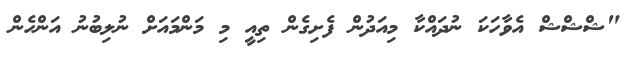
"ޝްޝްޝް އެވާހަކަ ނުދައްކާ މިއަދުން ފެށިގެން ތިއީ މި މަންމައަށް ނުލިބުނު އަންހެން